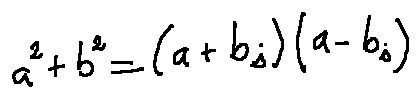
a ^ { 2 } + b ^ { 2 } = ( a + b i ) ( a - b i )